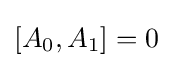
[A_{0},A_{1}]=0